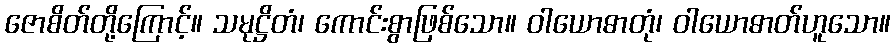
ဇောစိတ်တို့ကြောင့်။ သမုဋ္ဌိတံ၊ ကောင်းစွာဖြစ်သော။ ဝါယောဓာတုံ၊ ဝါယောဓာတ်ဟူသော။